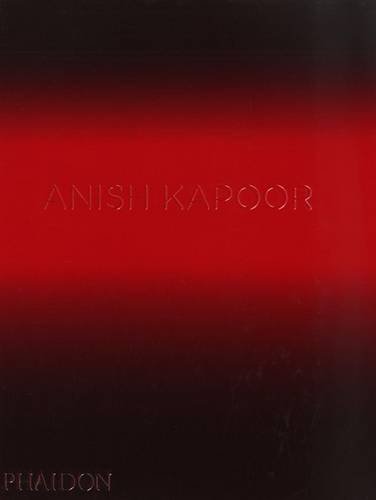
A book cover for Anish Kapoor (20th Century Living Masters); David Anfam; Arts & Photography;